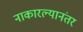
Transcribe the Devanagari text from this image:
नाकारल्यानंतर